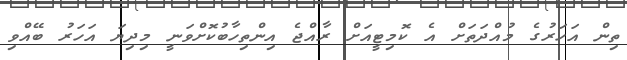
ތިން އަހަރުގެ މުއްދަތަށް އެ ކޮމިޓީއަށް ރާއްޖެ އިންތިހާބުކޮށްވަނީ މިދިޔަ އަހަރު ބޭއްވި